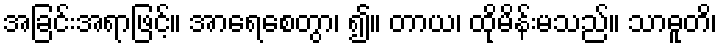
အခြင်းအရာဖြင့်။ အာရေစေတွာ၊ ၍။ တာယ၊ ထိုမိန်းမသည်။ သာဓူတိ၊